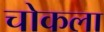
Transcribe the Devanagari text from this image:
चोकला